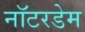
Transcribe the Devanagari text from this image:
नॉटरडेम